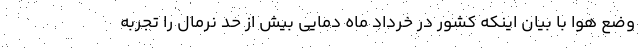
وضع هوا با بیان اینکه کشور در خرداد ماه دمایی بیش از حد نرمال را تجربه